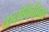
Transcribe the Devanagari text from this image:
कलोकेशिया